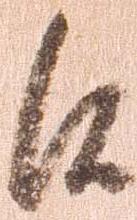
候